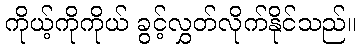
ကိုယ့်ကိုကိုယ် ခွင့်လွှတ်လိုက်နိုင်သည်။